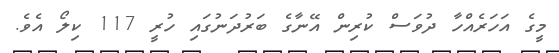
މީގެ އަހަރެއްހާ ދުވަސް ކުރިން އޭނާގެ ބަރުދަނުގައި ހުރީ 117 ކިލޯ އެވެ.